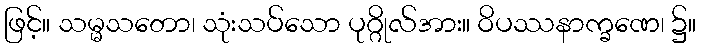
ဖြင့်။ သမ္မသတော၊ သုံးသပ်သော ပုဂ္ဂိုလ်အား။ ဝိပဿနာက္ခဏေ၊ ၌။